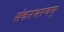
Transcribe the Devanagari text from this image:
संकरभरणम्